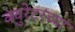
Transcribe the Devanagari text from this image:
क्युरेटरच्या